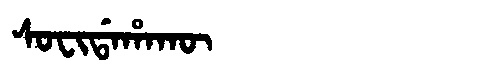
Manchu: ᠰᠣᠸᡳᡩᠠᡥᠠᡴᡡ
Romanization: SOFIDAHAKŪ